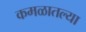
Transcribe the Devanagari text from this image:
कमळातल्या